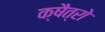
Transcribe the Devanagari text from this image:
क्षैत्रो